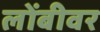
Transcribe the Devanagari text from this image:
लोंबीवर